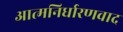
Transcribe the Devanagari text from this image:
आत्मनिर्धारणवाद